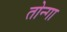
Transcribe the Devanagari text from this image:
तोन्गा